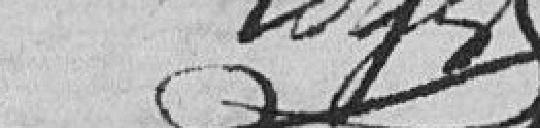
Loyal